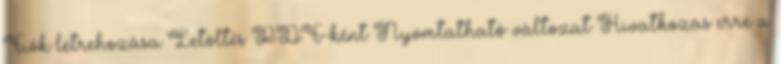
Fiók létrehozása Letöltés PDF-ként Nyomtatható változat Hivatkozás erre a